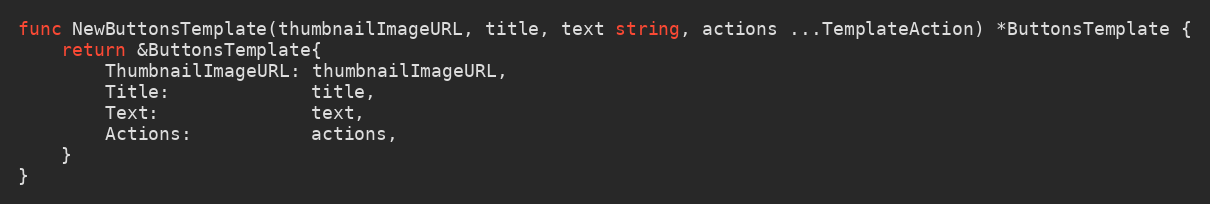
Language: Go
func NewButtonsTemplate(thumbnailImageURL, title, text string, actions ...TemplateAction) *ButtonsTemplate {
	return &ButtonsTemplate{
		ThumbnailImageURL: thumbnailImageURL,
		Title:             title,
		Text:              text,
		Actions:           actions,
	}
}